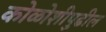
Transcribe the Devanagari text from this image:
कोळोशीपुढील